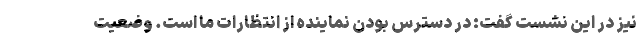
نیز در این نشست گفت: در دسترس بودن نماینده از انتظارات ما است. وضعیت